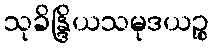
သုခိန္ဒြိယသမုဒယဉ္စ